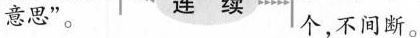
”意思”。 个，不间断。